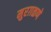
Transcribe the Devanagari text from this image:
मुरग़ळणे